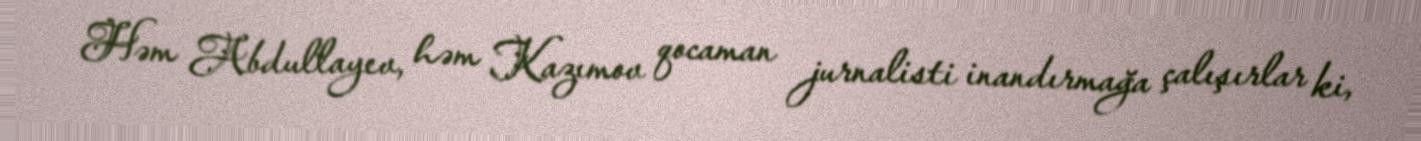
Həm Abdullayev, həm Kazımov qocaman jurnalisti inandırmağa çalışırlar ki,